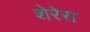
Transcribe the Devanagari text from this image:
शेरेरा